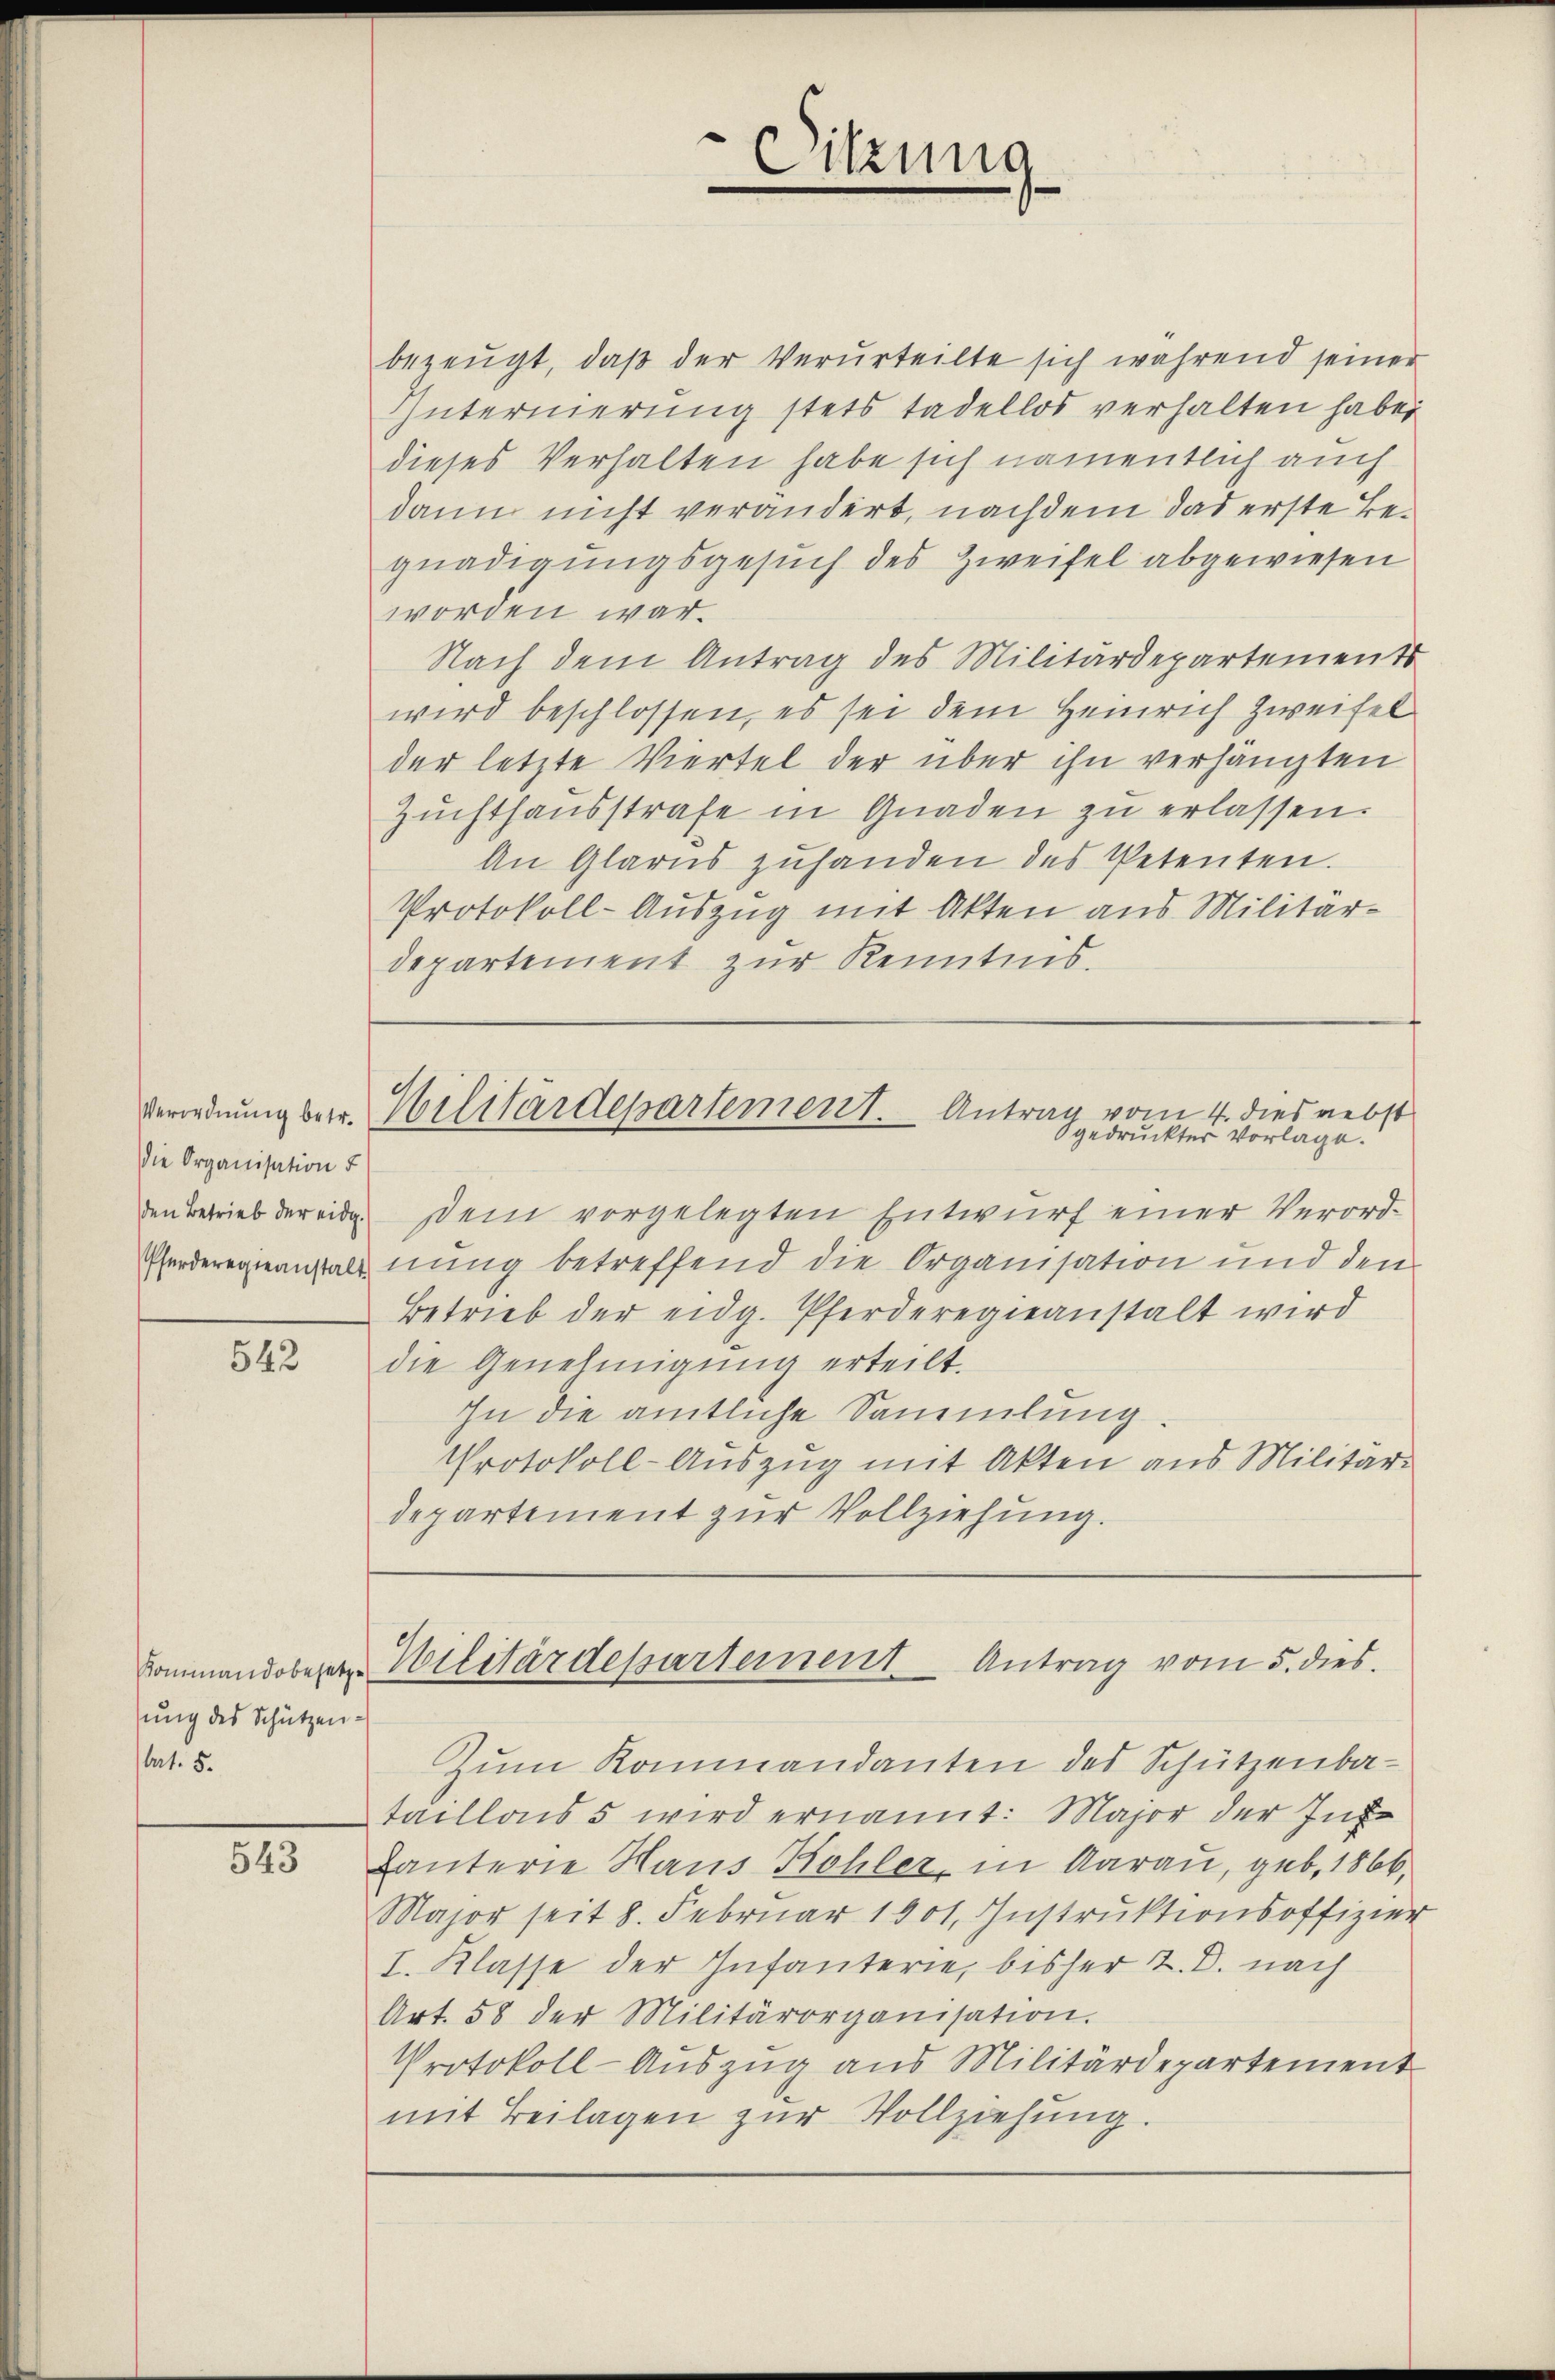
die Organisation d
den Betrieb der eidg.

542

Kommandobesetze
sung des Schützen¬
Art. 5.

543

bezeugt, daß der Verurteilte sich während seiner
Internerung stets tadellos verhalten habe.
dieses Verhalten habe sich namentlich auch
dann nicht verändert, nachdem das erste Begnadigungsgesuch des Zweifel abgewiesen
worden war.
Nach dem Antrag des Militärdepartements
wird beschlossen, es sei dem Heinrich Zweifel
der letzte Viertel der über ihn verhängten
Zuchthausstrafe in Gnaden zu erlassen.
An Glarus zuhanden des Petenten.
Protokoll-Auszug mit Akten aus Militärdepartement zur Kenntnis.
Verordnung betr. Militärdepartement. Antrag vom 4. dies nebst
gedruckter Vorlage.
Dem vorgelegten Entwurf einer Verord¬
Pferderegienstaltung betreffend die Organisation und den
Betrieb der eidg. Pferderegieanstalt wird
die Genehmigung erteilt.
In die amtliche Sammlung
Protokoll-Auszug mit Akten aus Militär-
departement zur Vollziehung.

Sitzung

Wilitärdepartement Antrag vom 5. dies

Zŭm Kommandanten des Schützenba-
taillons 5 wird ernannt: Major der Inf
Lanterie Haus Kohler in Aarau, geb. 1866,
Major seit 8. Februar 1901, Instruktionsoffizier
I. Klasse der Infanterie, bisher 2. D. nach
Art. 58 der Militärorganisation.
Protokoll-Auszug aus Militärdepartement
mit Beilagen zŭr Vollziehŭng.